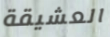
العشيقة